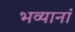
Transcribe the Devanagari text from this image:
भव्यानां